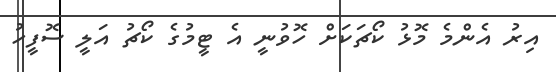
އިރު އެންމެ މޮޅު ކޯޗަކަށް ހޮވުނީ އެ ޓީމުގެ ކޯޗު އަލީ ސޮފީހު